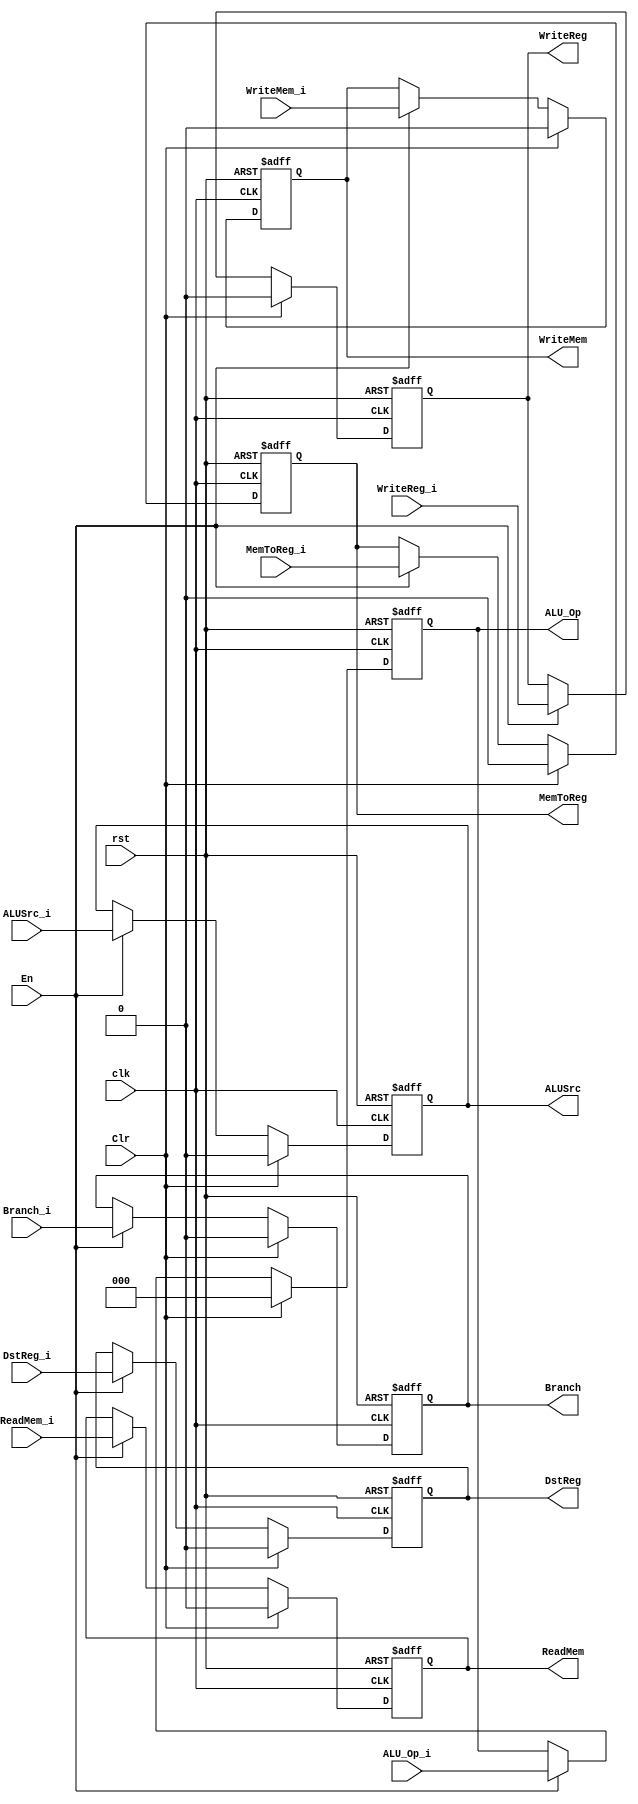
module ID_Ctrl (clk,rst,En,Clr,WriteReg_i,MemToReg_i,Branch_i,ReadMem_i,WriteMem_i,DstReg_i,ALUSrc_i,ALU_Op_i,WriteReg,MemToReg,Branch,ReadMem,WriteMem,DstReg,ALUSrc,ALU_Op);

	input clk, rst;
	input En, Clr;
	input WriteReg_i, MemToReg_i;
	input Branch_i, ReadMem_i, WriteMem_i;
	input DstReg_i, ALUSrc_i;
	input[2:0] ALU_Op_i;

	output WriteReg, MemToReg;
	output Branch, ReadMem, WriteMem;
	output DstReg, ALUSrc;
	output[2:0] ALU_Op;
		reg WriteReg, MemToReg;
		reg Branch, ReadMem, WriteMem;
		reg DstReg, ALUSrc;
		reg[2:0] ALU_Op;

	always @(posedge clk or negedge rst)
	begin
		if(!rst)
		begin
			{WriteReg,MemToReg} = 2'b00;
			{Branch,ReadMem,WriteMem} = 3'b00;
			{DstReg,ALUSrc,ALU_Op} = {2'b00,3'b000};
		end
		else
		begin
			if(Clr)
			begin
				{WriteReg,MemToReg} = 2'b00;
				{Branch,ReadMem,WriteMem} = 3'b00;
				{DstReg,ALUSrc,ALU_Op} = {2'b00,3'b000};
			end
			else if(En)
			begin
				{WriteReg,MemToReg} = {WriteReg_i,MemToReg_i};
				{Branch,ReadMem,WriteMem} = {Branch_i,ReadMem_i,WriteMem_i};
				{DstReg,ALUSrc,ALU_Op} = {DstReg_i,ALUSrc_i,ALU_Op_i};
			end
		end
	end

endmodule